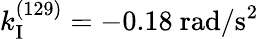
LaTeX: k_{\mathrm{I}}^{(129)}=-0.18~\mathrm{rad/s^{2}}